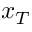
x _ { T }